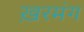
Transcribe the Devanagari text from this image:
ख़रमंग